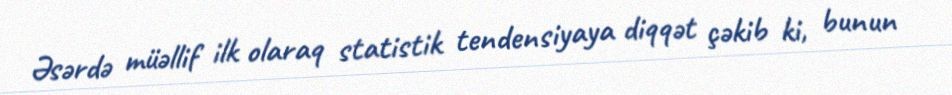
Əsərdə müəllif ilk olaraq statistik tendensiyaya diqqət çəkib ki, bunun